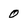
Character: 0